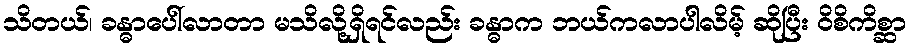
သိတယ်၊ ခန္ဓာပေါ်လာတာ မသိလို့ရှိရင်လည်း ခန္ဓာက ဘယ်ကလာပါလိမ့် ဆိုပြီး ဝိစိကိစ္ဆာ